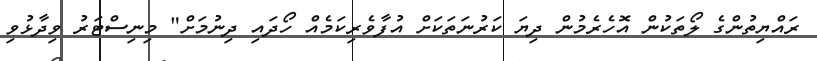
ރައްޔިތުންގެ ލޯތަކުން އޮހެރެމުން ދިޔަ ކަރުނަތަކަށް އުފާވެރިކަމެއް ހޯދައި ދިނުމަށް" މިނިސްޓަރު ވިދާޅުވި